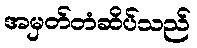
အမှတ်တံဆိပ်သည်